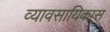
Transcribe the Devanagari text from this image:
व्यावसायिकास